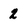
Character: 2